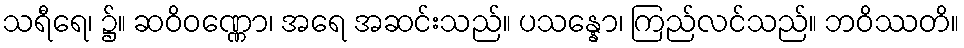
သရီရေ၊ ၌။ ဆဝိဝဏ္ဏော၊ အရေ အဆင်းသည်။ ပသန္နော၊ ကြည်လင်သည်။ ဘဝိဿတိ။